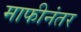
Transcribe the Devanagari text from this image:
माफीनंतर